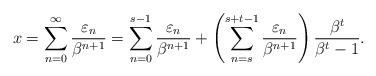
LaTeX: \begin{align*}x=\sum_{n=0}^\infty\frac{\varepsilon_n}{\beta^{n+1}}=\sum_{n=0}^{s-1}\frac{\varepsilon_n}{\beta^{n+1}} + \left(\sum_{n=s}^{s+t-1}\frac{\varepsilon_n}{\beta^{n+1}}\right) \frac{\beta^t}{\beta^t-1}.\end{align*}